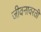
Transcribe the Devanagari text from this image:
जीवनावरती